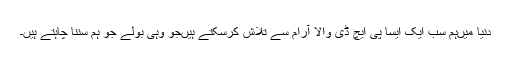
دنیا میں‌ہم سب ایک ایسا پی ایچ ڈی والا آرام سے تلاش کرسکتے ہیں‌جو وہی بولے جو ہم سننا چاہتے ہیں۔